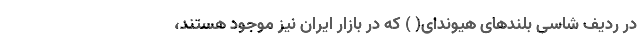
در ردیف شاسی بلندهای هیوندای( ) که در بازار ایران نیز موجود هستند،